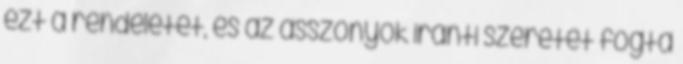
ezt a rendeletet, és az asszonyok iránti szeretet fogta